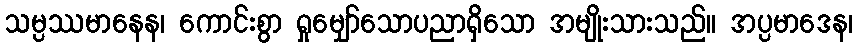
သမ္ပဿမာနေန၊ ကောင်းစွာ ရှုမျှော်သောပညာရှိသော အမျိုးသားသည်။ အပ္ပမာဒေန၊